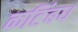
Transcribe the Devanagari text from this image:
कटिंबध